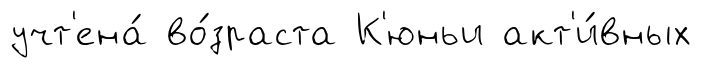
учт'ена́ во́зраста К'юньи акт'и́вных